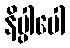
နိပ္ပါပေါ